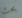
يحث